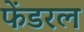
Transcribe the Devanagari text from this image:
फेंडरल